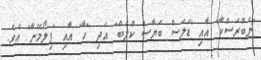
"ނެބްރަސްކާ" އާއި "ޑަލަސް ބަޔާސް ކްލަބް" އަދި "ހާ" އާއި "ފިލޯމޭނާ" އެވެ.